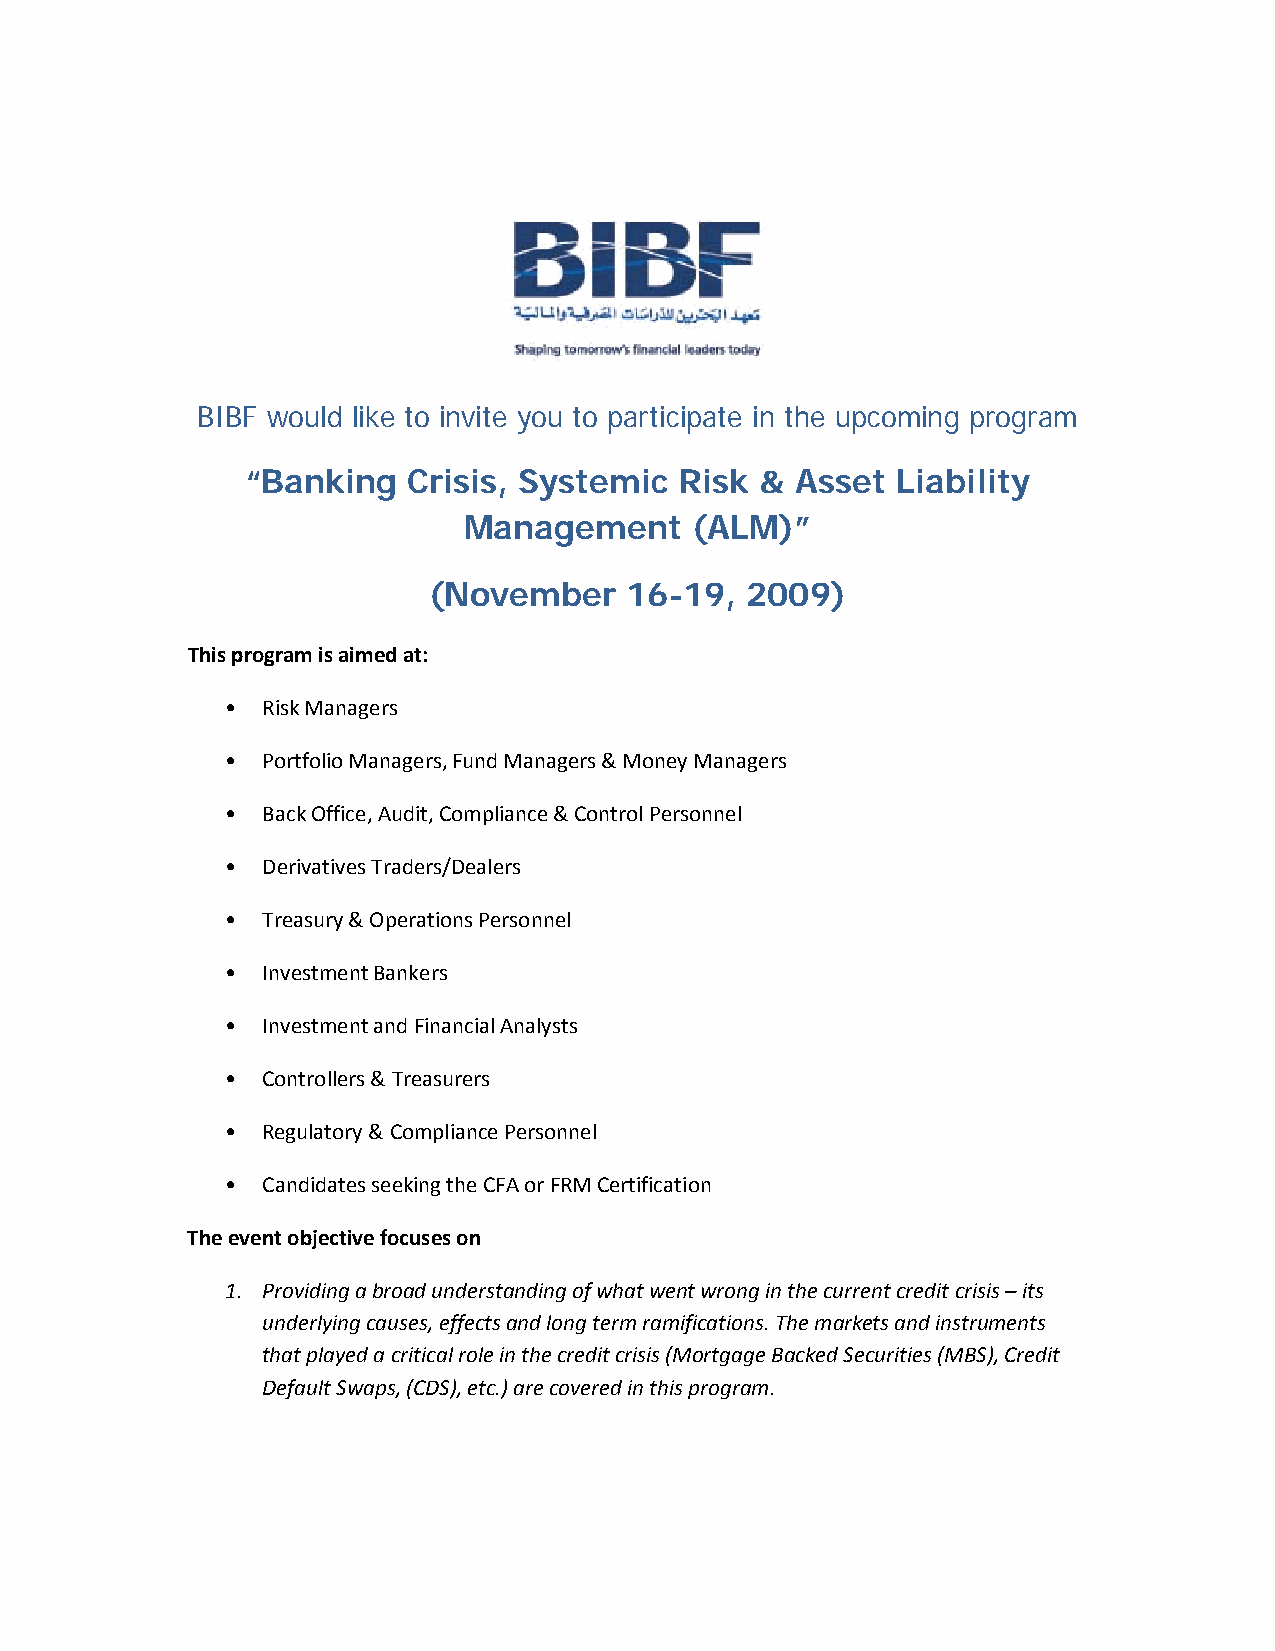
BIBF would like to invite you to participate in the upcoming program
 “Banking   Crisis, Systemic  Risk &  Asset Liability
 Management     (ALM)”
 (November    16-19,  2009)
 This program is aimed at:
 • Risk Managers
 • Portfolio Managers, Fund Managers & Money Managers
 • Back Office, Audit, Compliance & Control Personnel
 • Derivatives Traders/Dealers
 • Treasury & Operations Personnel
 • Investment Bankers
 • Investment and Financial Analysts
 • Controllers & Treasurers
 • Regulatory & Compliance Personnel
 • Candidates seeking the CFA or FRM Certification
 The event objective focuses on
 1. Providing a broad understanding of what went wrong in the current credit crisis – its
 underlying causes, effects and long term ramifications. The markets and instruments
 that played a critical role in the credit crisis (Mortgage Backed Securities (MBS), Credit
 Default Swaps, (CDS), etc.) are covered in this program.